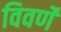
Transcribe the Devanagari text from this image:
विवर्णे